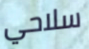
سلاحي